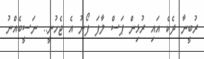
ރުބީނާ ދެކެ އައި ރުޅިން ޕަސް ލާފަ ފޯނު އެ ޖެހުނީ.. ނަސީބެއްނު